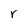
Character: r